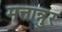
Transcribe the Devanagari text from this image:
मत्तान्नुर